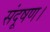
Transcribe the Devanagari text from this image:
संदूषण।